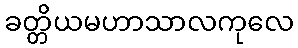
ခတ္တိယမဟာသာလကုလေ